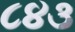
૮૪૩